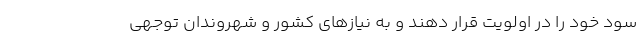
سود خود را در اولویت قرار دهند و به نیازهای کشور و شهروندان توجهی